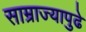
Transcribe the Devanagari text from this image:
साम्राज्यापुढे